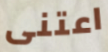
اعتنى